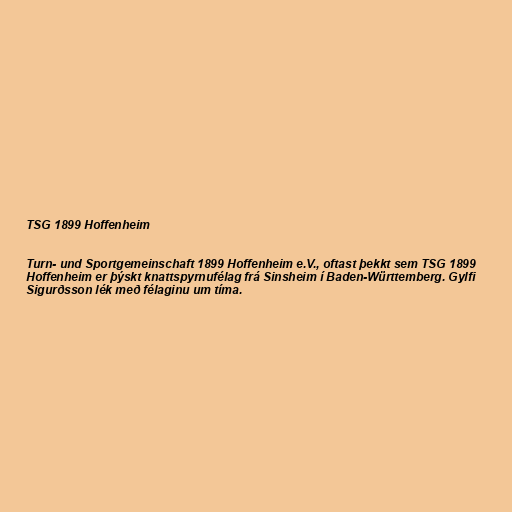
TSG 1899 Hoffenheim

Turn- und Sportgemeinschaft 1899 Hoffenheim e.V., oftast þekkt sem TSG 1899
Hoffenheim er þýskt knattspyrnufélag frá Sinsheim í Baden-Württemberg. Gylfi
Sigurðsson lék með félaginu um tíma.